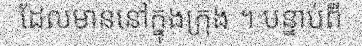
ដែលមាននៅក្នុងក្រុង ។ បន្ទាប់ពី